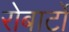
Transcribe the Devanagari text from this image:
रोबार्टो